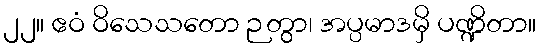
၂၂။ ဧဝံ ဝိသေသတော ဉတွာ၊ အပ္ပမာဒမှိ ပဏ္ဍိတာ။